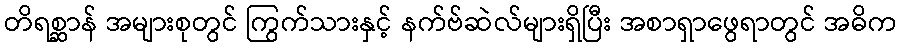
တိရစ္ဆာန် အများစုတွင် ကြွက်သားနှင့် နက်ဗ်ဆဲလ်များရှိပြီး အစာရှာဖွေရာတွင် အဓိက